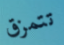
تتمزق